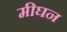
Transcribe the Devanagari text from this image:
मीघन